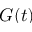
G ( t )